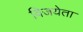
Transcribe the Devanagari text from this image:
विजयेता